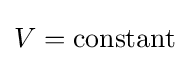
V={\text{constant}}